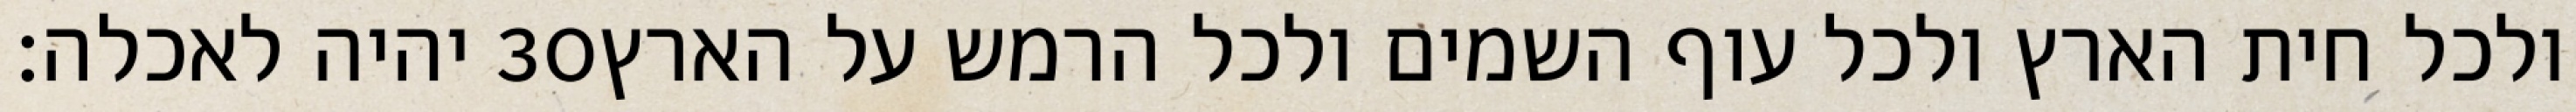
יהיה לאכלה׃ ‎30‏ ולכל חית הארץ ולכל עוף השמים ולכל הרמש על הארץ